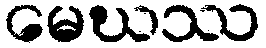
မေဃဿ